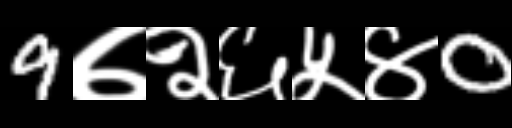
Text: 9७२६५४0